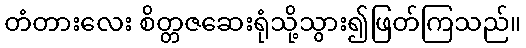
တံတားလေး စိတ္တဇဆေးရုံသို့သွား၍ဖြတ်ကြသည်။